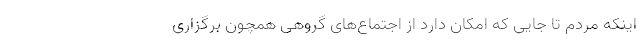
اینکه مردم تا جایی که امکان دارد از اجتماع‌های گروهی همچون برگزاری